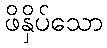
ဖိနှိပ်သော